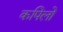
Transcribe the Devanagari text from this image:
कपिलो